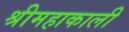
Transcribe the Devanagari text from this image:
श्रीमहाकाली